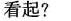
看起?